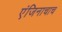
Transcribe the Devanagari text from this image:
एंजिनाचाच